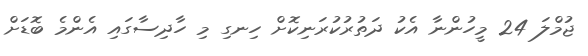
ޖުމްލަ 24 މީހުންނާ އެކު ދަތުރުކުރަނިކޮށް ހިނގި މި ހާދިސާގައި އެންމެ ބޮޑަށް